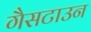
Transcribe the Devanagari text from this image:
गैसटाउन